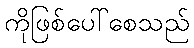
ကိုဖြစ်ပေါ်စေသည်